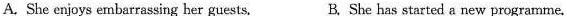
A. She enjoys embarrassing her guests. B, She has started a new programme.